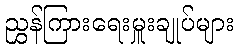
ညွှန်ကြားရေးမှူးချုပ်များ